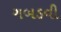
ગબડવી